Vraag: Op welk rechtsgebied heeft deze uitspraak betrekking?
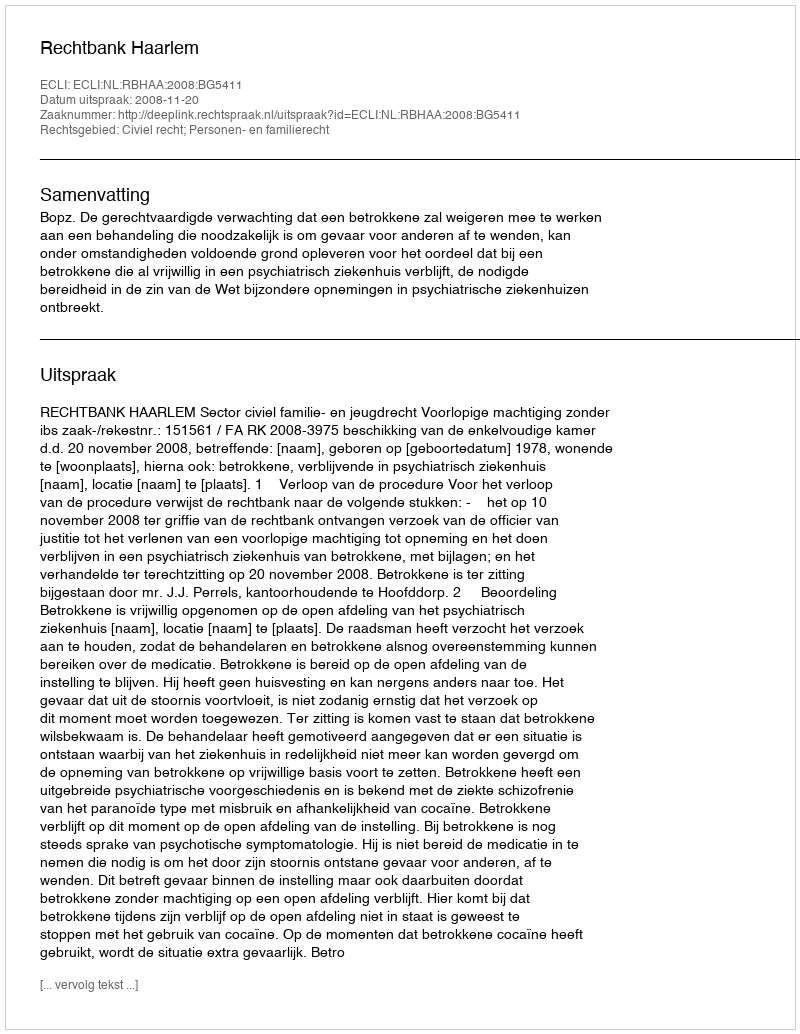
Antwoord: Civiel recht; Personen- en familierecht